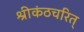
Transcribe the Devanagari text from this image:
श्रीकंठचरित्‌